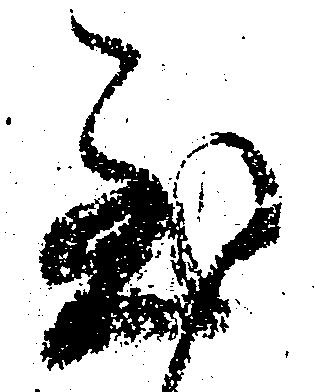
至